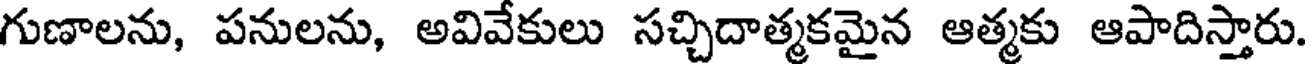
గుణాలను, పనులను, అవివేకులు సచ్చిదాత్మకమైన ఆత్మకు ఆపాదిస్తారు.